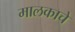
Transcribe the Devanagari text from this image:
मालकाचे